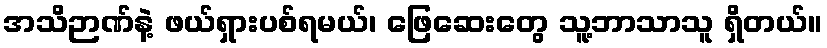
အသိဉာဏ်နဲ့ ဖယ်ရှားပစ်ရမယ်၊ ဖြေဆေးတွေ သူ့ဘာသာသူ ရှိတယ်။